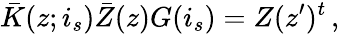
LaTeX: \bar{K}(z;i_{s})\bar{Z}(z)G(i_{s})=Z(z^{\prime})^{t}\, ,